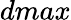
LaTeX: dmax